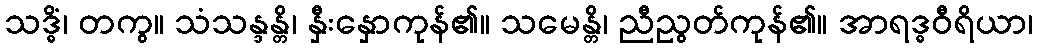
သဒ္ဓိံ၊ တကွ။ သံသန္ဒန္တိ၊ နှီးနှောကုန်၏။ သမေန္တိ၊ ညီညွတ်ကုန်၏။ အာရဒ္ဓဝီရိယာ၊